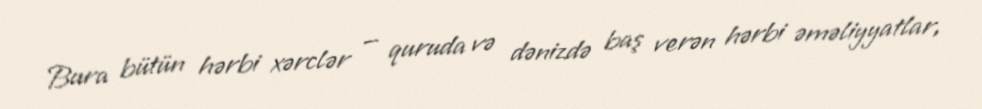
Bura bütün hərbi xərclər — quruda və dənizdə baş verən hərbi əməliyyatlar,